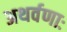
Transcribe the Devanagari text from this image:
अथर्वणाः